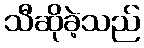
သီဆိုခဲ့သည်